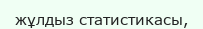
жұлдыз статистикасы,